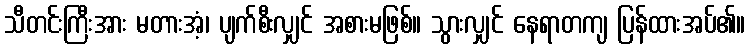
သီတင်းကြီးအား မတားအံ့၊ ပျက်စီးလျှင် အစားမဖြစ်။ သွားလျှင် နေရာတကျ ပြန်ထားအပ်၏။